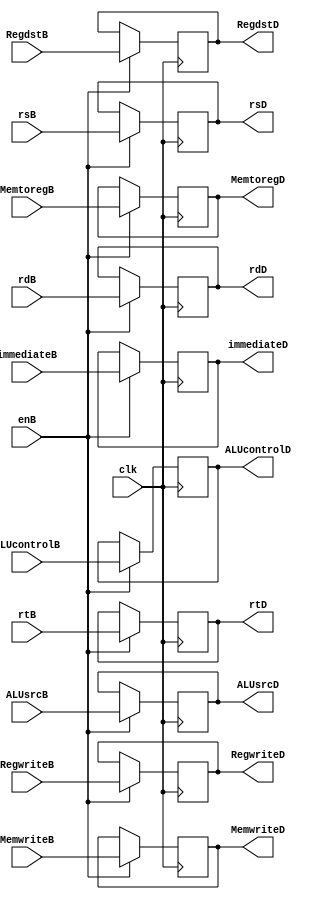
`timescale 1ns / 1ps
//////////////////////////////////////////////////////////////////////////////////
// Company: 
// Engineer: 
// 
// Design Name: 
// Module Name: RegBD
// Project Name: 
// Target Devices: 
// Tool Versions: 
// Description: 
// 
// Dependencies: 
// 
// Revision:
// Revision 0.01 - File Created
// Additional Comments:
// 
//////////////////////////////////////////////////////////////////////////////////


module RegBD(
input clk,enB,
input RegwriteB,MemtoregB,MemwriteB,
input [2:0]ALUcontrolB,
input ALUsrcB,RegdstB,
input [4:0]rsB,rtB,rdB,
input [15:0] immediateB,
output reg RegwriteD,MemtoregD,MemwriteD,
output reg [2:0]ALUcontrolD,
output reg ALUsrcD,RegdstD,
output reg [4:0]rsD,rtD,rdD,
output reg [15:0] immediateD
    );
always@(posedge clk)
begin
        if(enB==1)
        begin
            RegwriteD<=RegwriteB;
            MemtoregD<=MemtoregB;
            MemwriteD<=MemwriteB;
            ALUcontrolD<=ALUcontrolB;
            ALUsrcD<=ALUsrcB;
            RegdstD<=RegdstB;
            rsD<=rsB;
            rtD<=rtB;
            rdD<=rdB;
            immediateD<=immediateB;
        end
        else
        begin
            RegwriteD<=RegwriteD;
            MemtoregD<=MemtoregD;
            MemwriteD<=MemwriteD;
            ALUcontrolD<=ALUcontrolD;
            ALUsrcD<=ALUsrcD;
            RegdstD<=RegdstD;
            rsD<=rsD;
            rtD<=rtD;
            rdD<=rdD;
            immediateD<=immediateD;
        end
end
endmodule